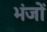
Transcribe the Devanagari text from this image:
भंजों